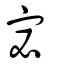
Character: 宓